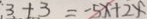
3 + 3 = - 5 x + 2 x